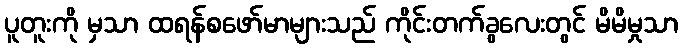
ပူတူးကို မှသာ ထရန်စဖော်မာများသည် ကိုင်းတက်ခွလေးတွင် မိမိမှုသာ